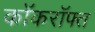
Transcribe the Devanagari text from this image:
कॉकरॉफ्त